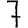
Digit: 7